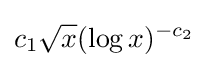
c_{1}{\sqrt {x}}(\log x)^{-c_{2}}